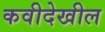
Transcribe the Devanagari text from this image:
कवीदेखील